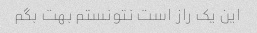
این یک راز است نتونستم بهت بگم